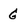
Character: G